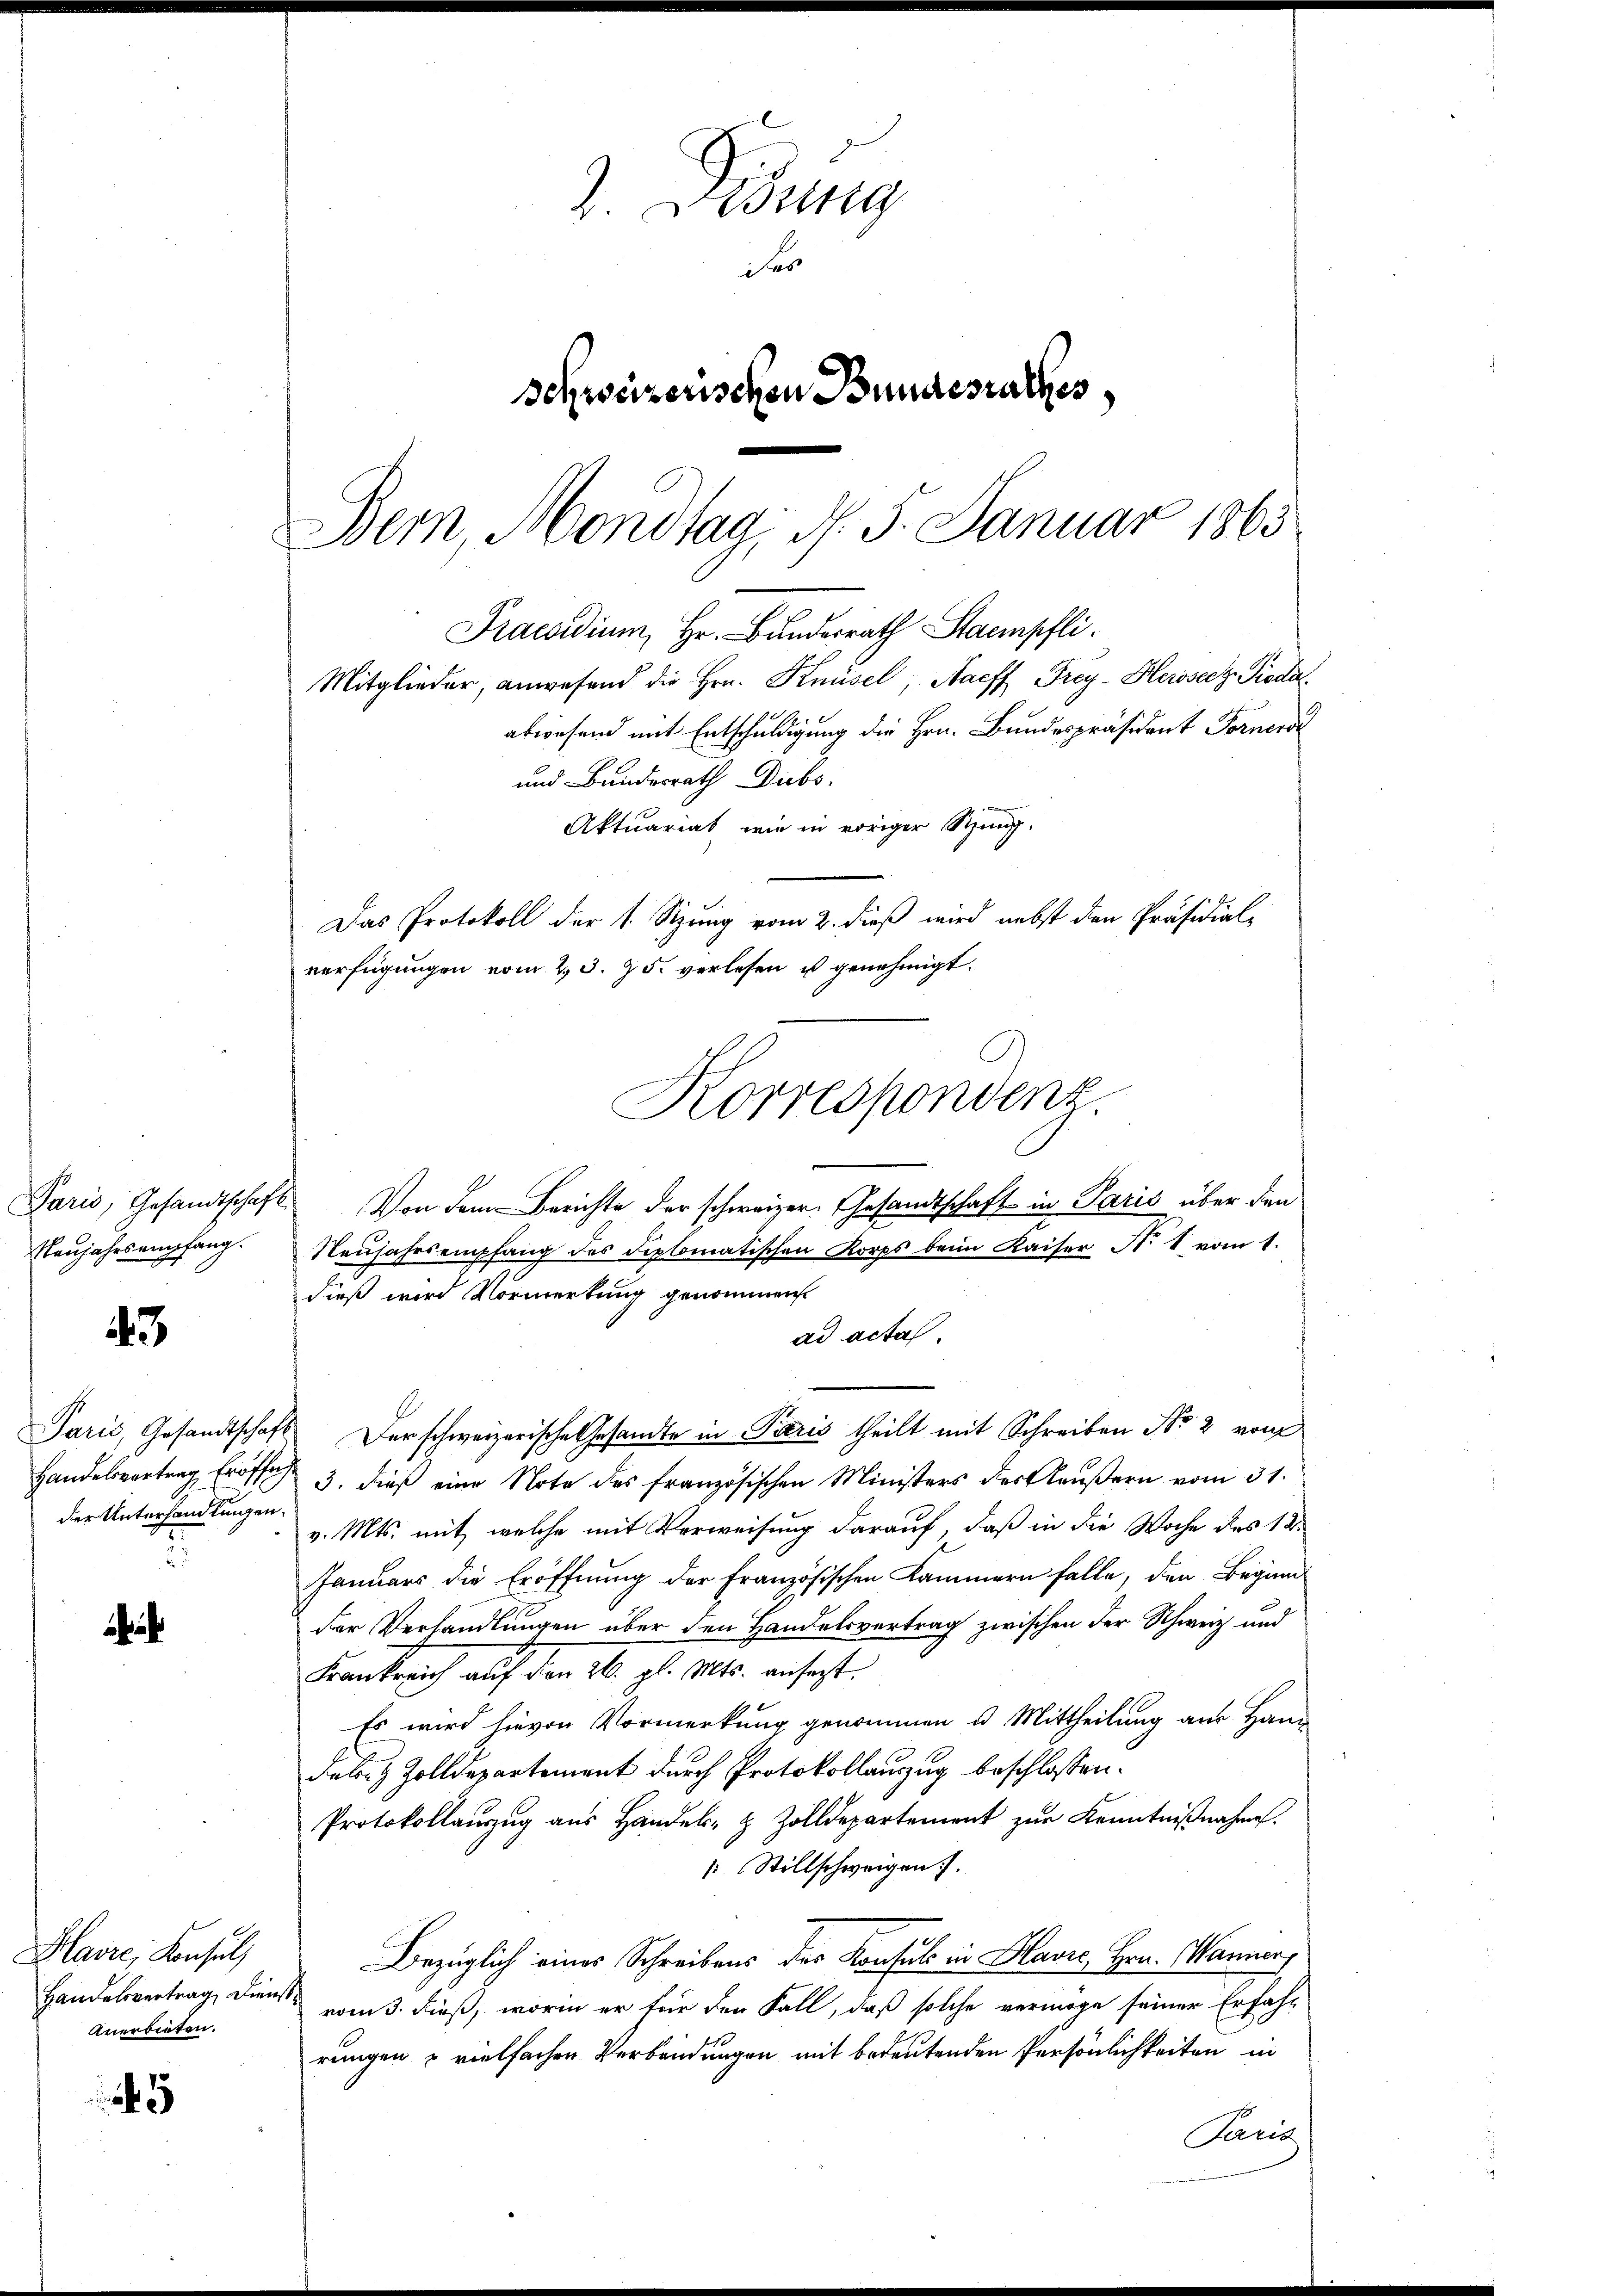
Paris, Gesandtschaft
Neujahrs empfang.

43

Handelsvertrag Eröffe
der Unterhandlungen.

Havre, Konsul,
Handelsvertrag, Dienst
Anerbieten.

5

Lessing
Fe
Schweizerischen Bundesrathes,
Bern, Monstag, d. 5. Januar 1865
Praesidium, Hr. Bundesrath Stampfli
Mitglieder, anwesend die Hrn. Knüsel, Harff Frey- Herosecz Pioda
abwesend mit Entschuldigung die Hrn. Bundespräsident Forner
und Bundesrath Diebs
Aktuariat, wie in voriger Sup
Das Protokoll der 1. Sizung vom 2. dieß wird nebst den Präsidial-
verfügungen vom 23. 25. verlesen u genehmigt.

Von dem Berichte der schweizer. Gesandtschaft in Paris über den
Neŭjahrs empfang des Diplomatischen Korps beim Kaiser N. 1 vom 1.
dieß wird Vormerkung genommen
ad actas.
Paris, Gesandtschaft. Der schweizerische Gesandte in Pieris theilt mit Schreiben No 2 vom
3. dieß eine Note des französischen Ministers des Gläußern vom 31.
v. Mts. mit, welche mit Verweisung darauf, daß in die Woche des 18.
Januars die Eröffnung der Französischen Kammern falle, den Beginn
der Verhandlungen über den Handelsvertrag zwischen der Schweiz und
Frankreich auf den 26. gl. Mts. ansest.
Es wird hievon Vormerkung genommen u. Mittheilung aus Handate & Zolldepartement durch Protokollauszug beschlossen:
Protokollauszug aus Handel- & Zolldepartement zur Kenntnißnahme.
1 Stillschweigen.
Bezüglich eines Schreibens des Konsul in Slavić, Hrn. Manner,
vom 3. dieß, worin er für den Fall, daß solche vermöge seiner Erfahr
rungen u vielfachen Verbindungen mit bedeutenden Persönlichkeiten in
Paris

Korrespondenz